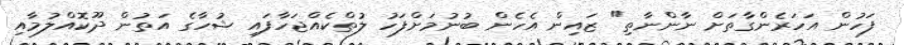
ފަހުން އަހަރެންގާތަށް ނާންނާތި" ޒައިން އެހެން ބުނުމަށްފަހު ލުތްކެއްޖަހާފައި ޝުހާގެ އަތުން ދޫކޮއްލުމާއި